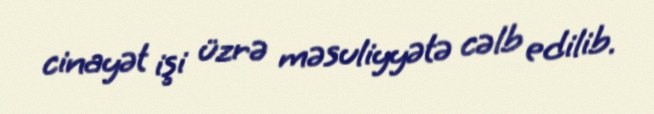
cinayət işi üzrə məsuliyyətə cəlb edilib.